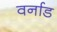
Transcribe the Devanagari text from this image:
वर्नाड